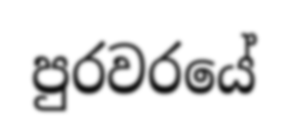
පුරවරයේ